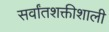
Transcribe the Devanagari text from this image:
सर्वांतशक्तीशाली